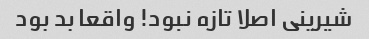
شیرینی اصلا تازه نبود! واقعا بد بود